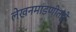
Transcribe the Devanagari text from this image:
लेखनमांडणीतही